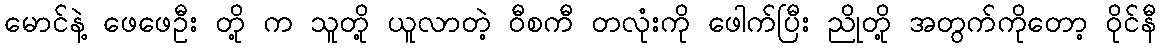
မောင်နဲ့ ဖေဖေဦး တို့ က သူတို့ ယူလာတဲ့ ဝီစကီ တလုံးကို ဖေါက်ပြီး ညိုတို့ အတွက်ကိုတော့ ဝိုင်နီ